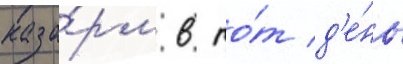
каза́рм в то́т д'е́нь